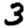
Digit: 3